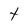
Character: t